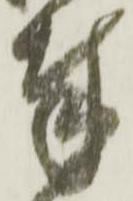
奉